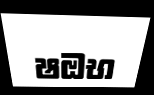
ෂඔභ